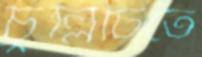
চুল্লিটিতে